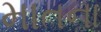
માતના